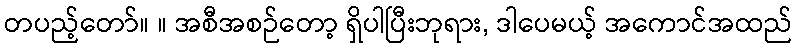
တပည့်တော်။ ။ အစီအစဉ်တော့ ရှိပါပြီးဘုရား, ဒါပေမယ့် အကောင်အထည်